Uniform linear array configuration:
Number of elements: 4
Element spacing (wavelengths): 0.5
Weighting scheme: exponential
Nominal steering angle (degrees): -30
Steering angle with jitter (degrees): -31.531
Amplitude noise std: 0.05
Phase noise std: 0.05

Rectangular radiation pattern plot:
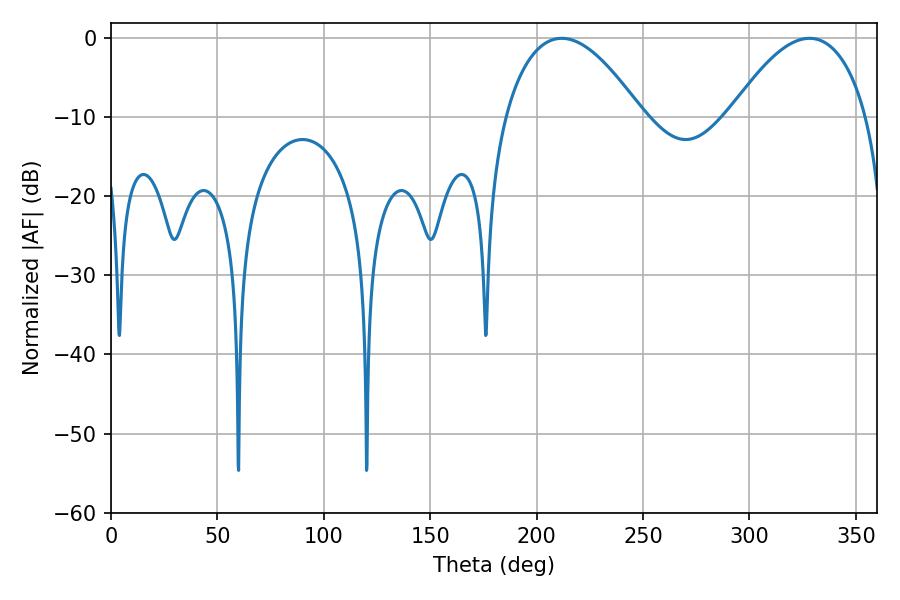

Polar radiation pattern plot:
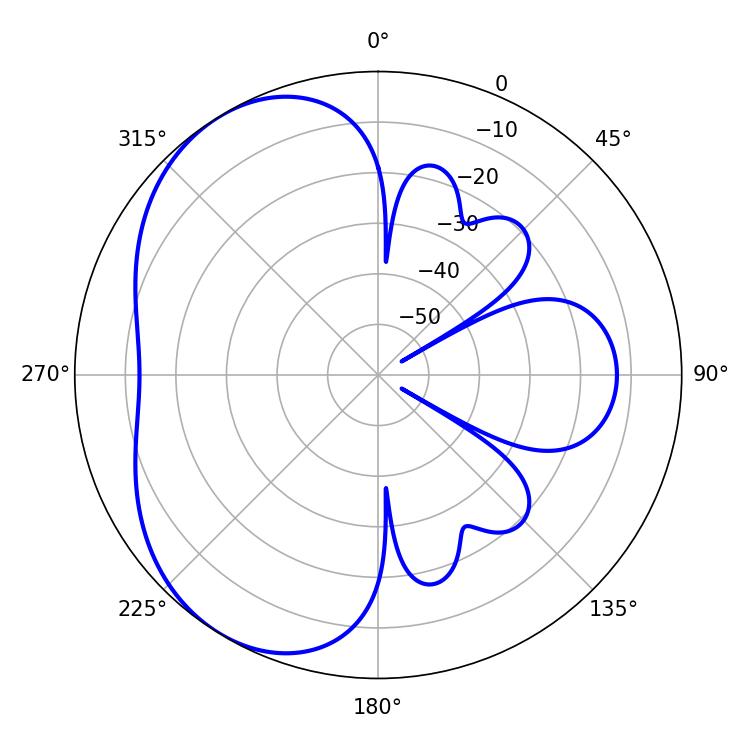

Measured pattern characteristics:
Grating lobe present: FALSE
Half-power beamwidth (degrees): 35.64
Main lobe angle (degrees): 211.86